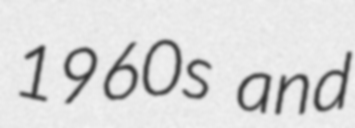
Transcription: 1960s and